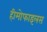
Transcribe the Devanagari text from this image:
हीमोफाइलस